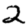
Digit: 2